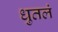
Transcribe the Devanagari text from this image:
धुतलं